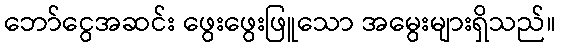
ဘော်ငွေအဆင်း ဖွေးဖွေးဖြူသော အမွေးများရှိသည်။